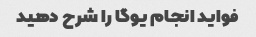
فواید انجام یوگا را شرح دهید